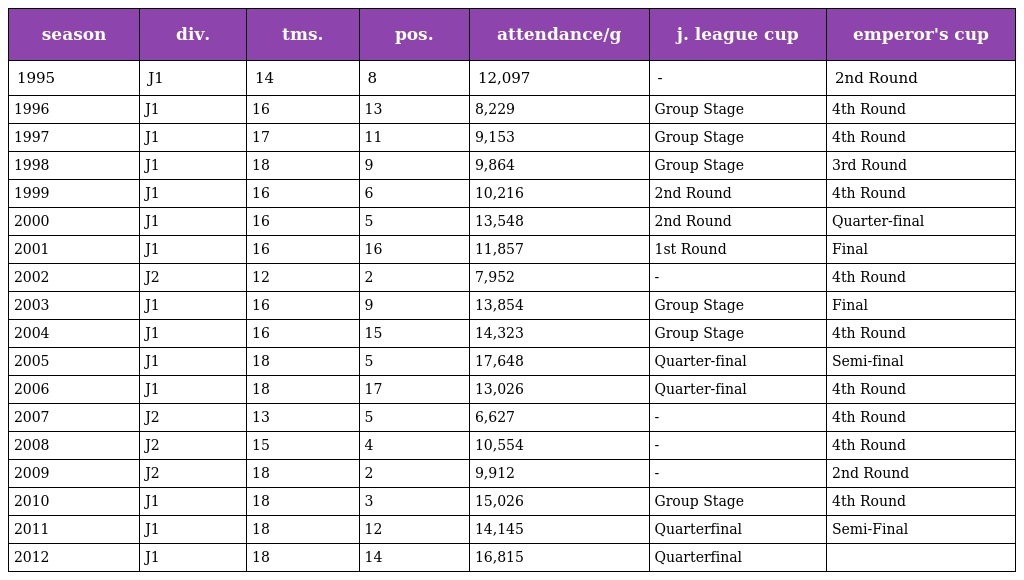
| season | div. | tms. | pos. | attendance/g | j. league cup | emperor's cup |
 | --- | --- | --- | --- | --- | --- | --- |
 | 1995 | J1 | 14 | 8 | 12,097 | - | 2nd Round |
 | 1996 | J1 | 16 | 13 | 8,229 | Group Stage | 4th Round |
 | 1997 | J1 | 17 | 11 | 9,153 | Group Stage | 4th Round |
 | 1998 | J1 | 18 | 9 | 9,864 | Group Stage | 3rd Round |
 | 1999 | J1 | 16 | 6 | 10,216 | 2nd Round | 4th Round |
 | 2000 | J1 | 16 | 5 | 13,548 | 2nd Round | Quarter-final |
 | 2001 | J1 | 16 | 16 | 11,857 | 1st Round | Final |
 | 2002 | J2 | 12 | 2 | 7,952 | - | 4th Round |
 | 2003 | J1 | 16 | 9 | 13,854 | Group Stage | Final |
 | 2004 | J1 | 16 | 15 | 14,323 | Group Stage | 4th Round |
 | 2005 | J1 | 18 | 5 | 17,648 | Quarter-final | Semi-final |
 | 2006 | J1 | 18 | 17 | 13,026 | Quarter-final | 4th Round |
 | 2007 | J2 | 13 | 5 | 6,627 | - | 4th Round |
 | 2008 | J2 | 15 | 4 | 10,554 | - | 4th Round |
 | 2009 | J2 | 18 | 2 | 9,912 | - | 2nd Round |
 | 2010 | J1 | 18 | 3 | 15,026 | Group Stage | 4th Round |
 | 2011 | J1 | 18 | 12 | 14,145 | Quarterfinal | Semi-Final |
 | 2012 | J1 | 18 | 14 | 16,815 | Quarterfinal |  |